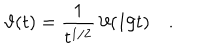
\vartheta ( t ) = \frac { 1 } { t ^ { 1 / 2 } } \, \vartheta ( 1 / t ) \quad .